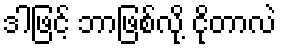
ဒါဖြင့် ဘာဖြစ်လို့ ငိုတာလဲ